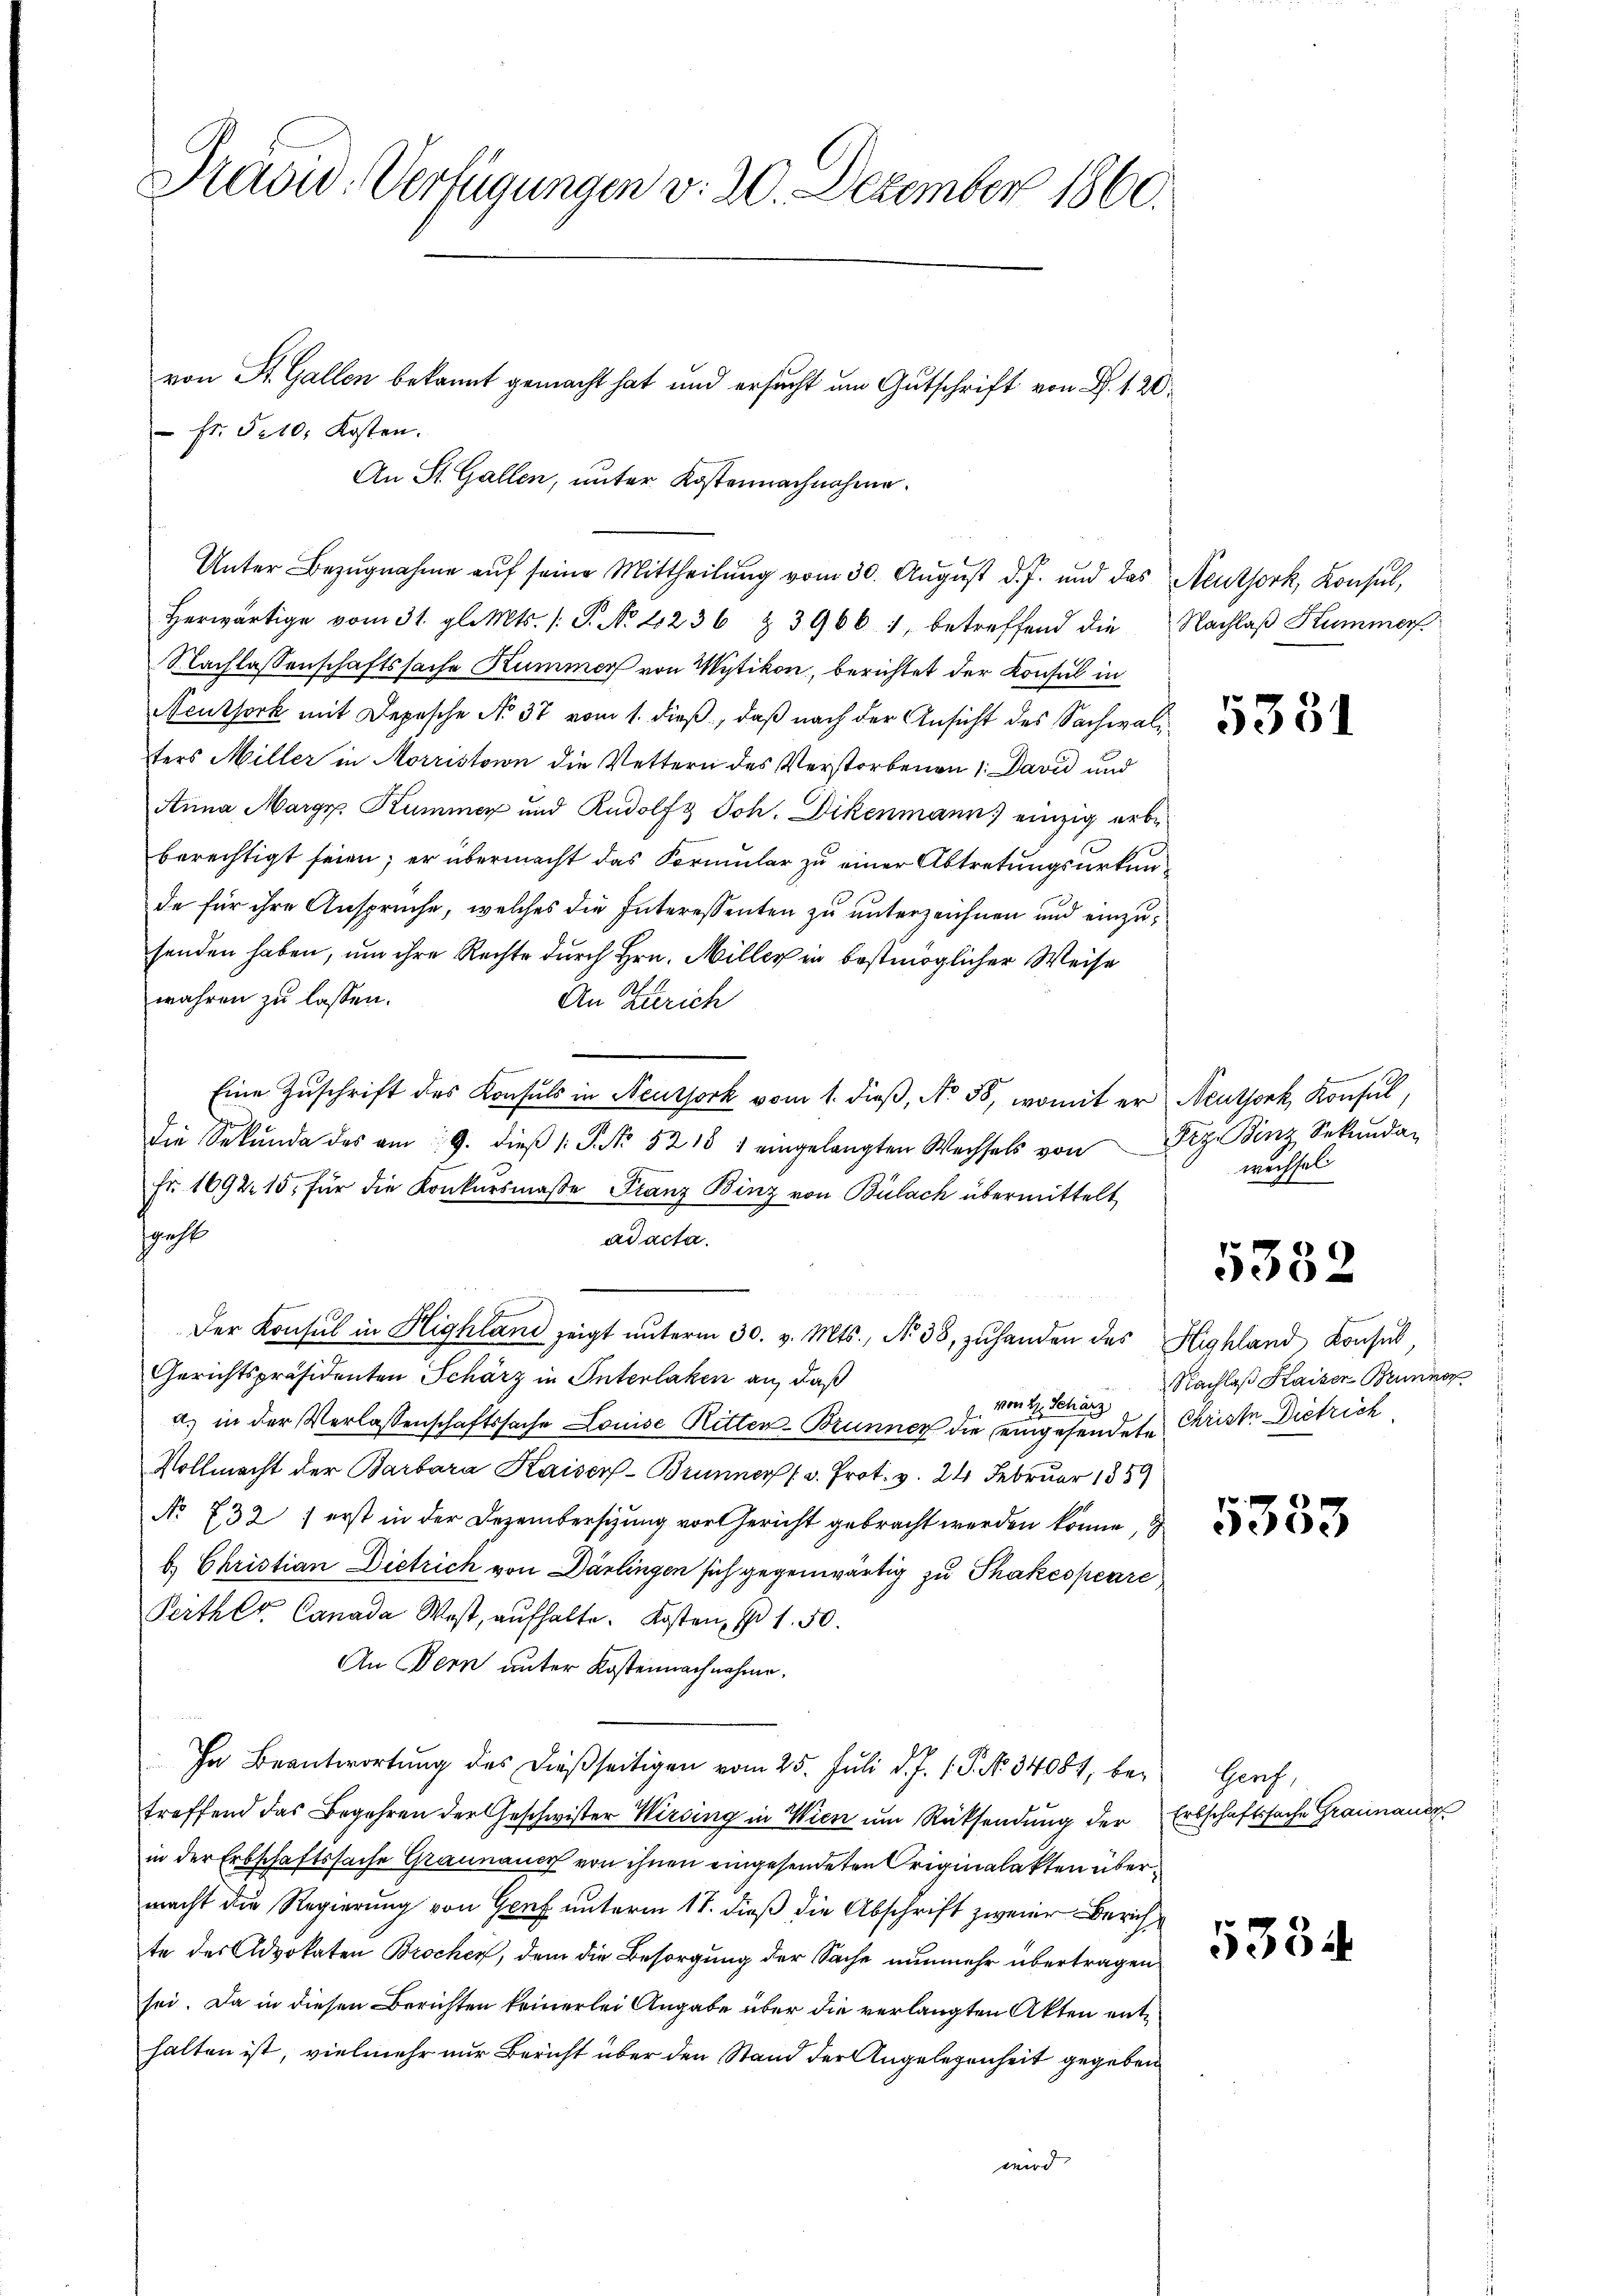
Präsid. Verfügungen v. 20. Dezember 1860.

herwärtige vom 31. gl. Mts. s. S. No 2236 § 39661, betreffend die
Nachlassenschaftssache Kummer von Wytikon, berichtet der Konsul in
Neuthork mit Depesche No 37 vom 1. dieß, daß nach der Ansicht des Sachwalsters Miller in Morristain die Vettern des Verstorbenen 1. David und
Anna Marge Kummer und Rudolf & Joh. Dikenmann einzig erbe
berechtigt seien; er übermacht das Formular zu einer Abtretungsurkunde für ihre Ansprüche, welches die Interessenten zu unterzeichnen und einzusenden haben, um ihre Rechte durch Hrn. Miller in bestmöglicher Weise
wahren zu lassen.
An Zürich
Eine Zŭschrift des Konsuls in Neuthork vom 1. dieβ, No 58, womit er Neutjork, Konsul,
die Sekŭnda des am 19. dieβ (: P. Nr. 5218 1 eingelangten Wechsels von Dr. Binz Sekŭndar
Fr. 1692. 15. für die Konkursmaβe Franz Binz von Bülach übermittelt
geht
ad acta.
Der Konsul in Highland zeigt ŭnterm 30. v. Mts., N. 38, zŭhanden des Highland Konsul,
Gerichtspräsidenten Schärz in Interlaken an, daß
von H. Schärz
a.) in der Verlassenschaftssache Louise Ritten-Brunner die eingesendete Christe Dietrich
Vollmacht der Barbara Kaiser-Brunner /: v. Prot. v. 24. Februar 1859
No 732, erst in der Dezembersizung vor Gericht gebracht werden könne, d
b. Christian Dietrich von Därlingen sich gegenwärtig zu Thakesperre
Peither. Canada Wost, aŭfhalte. Kosten Ehr 1. 50.
An Bern unter Kostennachnahme.
In Beantwortŭng des dießseitigen vom 25. Jŭli d. J. 1. P. No 34081, bei
treffend das Begehren der Geschwister Wirsing in Wien um Rücksendung der
in der Erbschaftssache Graunauer von ihnen eingesendeten Originalakten übermacht die Regierung von Genf unterm 17. dieß die Abschrift zweier Zürichte des Advokaten Brochen, dem die Besorgung der Sache nunmehr übertragen
sei. Da in diesen Berichten keinerlei Angabe über die verlangten Akten enthalten ist, vielmehr nur Bericht über den Stand der Angelegenheit gegeben
wird

von St. Gallen bekannt gemacht hat und ersucht um Gutschrift von B. 1. 20.
 fr. Fet0. Kosten.
An St. Gallen, unter Kostennachnahme.
Unter Bezugnahme auf seine Mittheilung vom 30. August d. J. und das Neuthork, Konsul,

Nachlaß Kummer

5351

wechsel

Nachlaß Kaiser Brunner

5332

5353

Genf,
Erbschaftssache Graunauer

5354